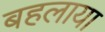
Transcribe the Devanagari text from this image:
बहलाया